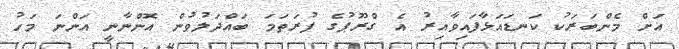
އަށް މެންބަރަކު ކަނޑައަޅާފައިވާއިރު އެ ގްރޫޕުގެ ފުރަތަމަ ބައްދަލުވުން އޮންނާނީ އަންނަ މަހު